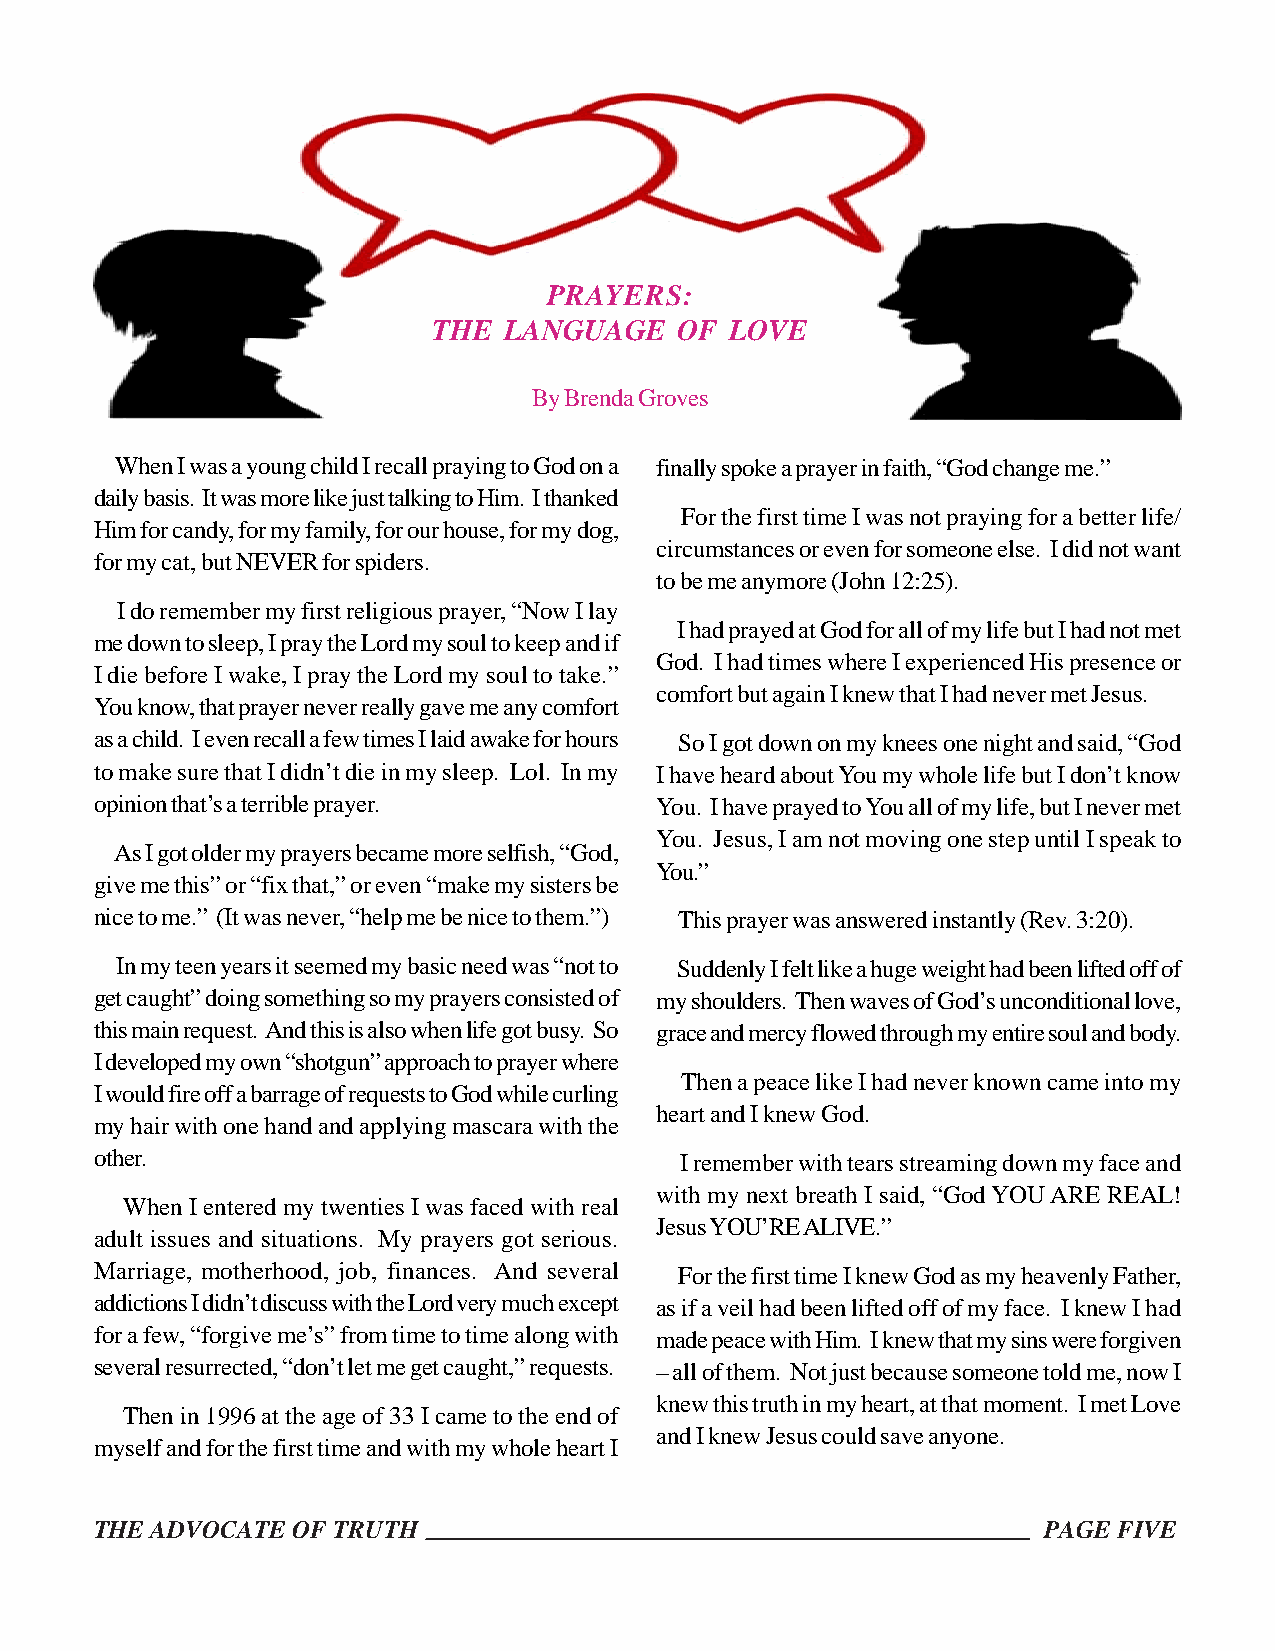
PRAYERS:
 THE LANGUAGE    OF LOVE
 By Brenda Groves
 When I was a young child I recall praying to God on a finally spoke a prayer in faith, “God change me.”
 daily basis. It was more like just talking to Him. I thanked
 For the first time I was not praying for a better life/
 Him for candy, for my family, for our house, for my dog,
 circumstances or even for someone else. I did not want
 for my cat, but NEVER for spiders.
 to be me anymore (John 12:25).
 I do remember my first religious prayer, “Now I lay
 I had prayed at God for all of my life but I had not met
 me down to sleep, I pray the Lord my soul to keep and if
 God. I had times where I experienced His presence or
 I die before I wake, I pray the Lord my soul to take.”
 comfort but again I knew that I had never met Jesus.
 You know, that prayer never really gave me any comfort
 as a child. I even recall a few times I laid awake for hours So I got down on my knees one night and said, “God
 to make sure that I didn’t die in my sleep. Lol. In my I have heard about You my whole life but I don’t know
 opinion that’s a terrible prayer.    You. I have prayed to You all of my life, but I never met
 You. Jesus, I am not moving one step until I speak to
 As I got older my prayers became more selfish, “God,
 You.”
 give me this” or “fix that,” or even “make my sisters be
 nice to me.” (It was never, “help me be nice to them.”) This prayer was answered instantly (Rev. 3:20).
 In my teen years it seemed my basic need was “not to Suddenly I felt like a huge weight had been lifted off of
 get caught” doing something so my prayers consisted of my shoulders. Then waves of God’s unconditional love,
 this main request. And this is also when life got busy. So grace and mercy flowed through my entire soul and body.
 I developed my own “shotgun” approach to prayer where
 Then a peace like I had never known came into my
 I would fire off a barrage of requests to God while curling
 heart and I knew God.
 my hair with one hand and applying mascara with the
 other.                                 I remember with tears streaming down my face and
 with my next breath I said, “God YOU ARE REAL!
 When I entered my twenties I was faced with real
 Jesus YOU’RE ALIVE.”
 adult issues and situations. My prayers got serious.
 Marriage, motherhood, job, finances. And several For the first time I knew God as my heavenly Father,
 addictions I didn’t discuss with the Lord very much except as if a veil had been lifted off of my face. I knew I had
 for a few, “forgive me’s” from time to time along with made peace with Him. I knew that my sins were forgiven
 several resurrected, “don’t let me get caught,” requests. – all of them. Not just because someone told me, now I
 knew this truth in my heart, at that moment. I met Love
 Then in 1996 at the age of 33 I came to the end of
 and I knew Jesus could save anyone.
 myself and for the first time and with my whole heart I
 THE ADVOCATE OF TRUTH                                          PAGE FIVE